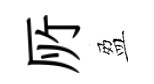
𠩄盈